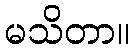
မသိတာ။